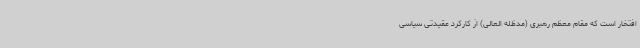
افتخار است که مقام معظم رهبری (مدظله العالی) از کارکرد عقیدتی سیاسی